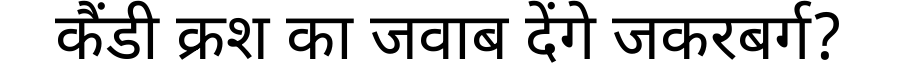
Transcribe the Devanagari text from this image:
कैंडी क्रश का जवाब देंगे जकरबर्ग?